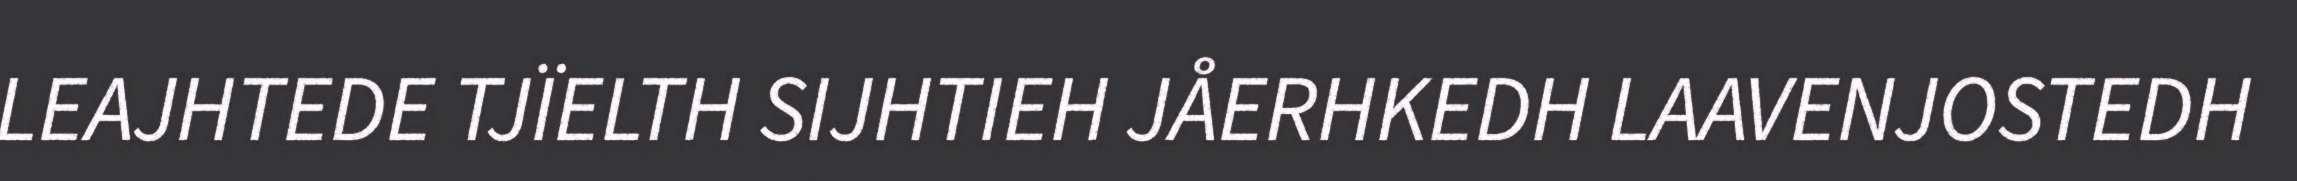
LEAJHTEDE TJÏELTH SIJHTIEH JÅERHKEDH LAAVENJOSTEDH